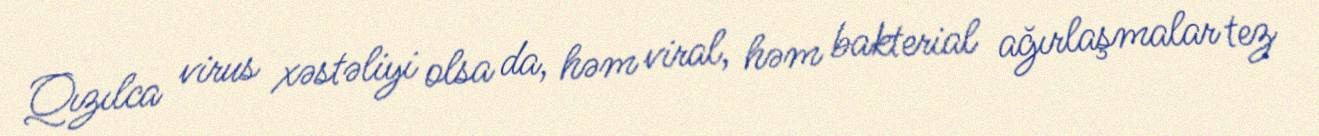
Qızılca virus xəstəliyi olsa da, həm viral, həm bakterial ağırlaşmalar tez